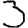
Digit: 3